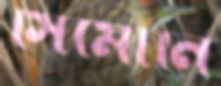
সিমোনি